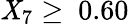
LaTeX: \mathit{X}_{7}\geq\ 0.60